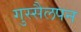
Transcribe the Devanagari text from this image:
गुस्सैलपन